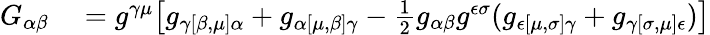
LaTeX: \begin{array}{rl}{G_{\alpha\beta}}&{{}=g^{\gamma\mu}{\bigl[}g_{\gamma[\beta,\mu]\alpha}+g_{\alpha[\mu,\beta]\gamma}-{\frac{1}{2}}g_{\alpha\beta}g^{\epsilon\sigma}(g_{\epsilon[\mu,\sigma]\gamma}+g_{\gamma[\sigma,\mu]\epsilon}){\bigr]}}\end{array}